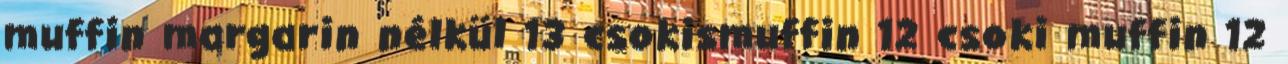
muffin margarin nélkül 13 csokismuffin 12 csoki muffin 12